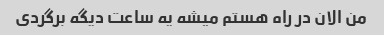
من الان در راه هستم میشه یه ساعت دیگه برگردی